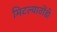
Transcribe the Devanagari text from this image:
मिटल्यातोंडी